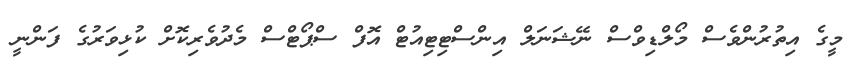
މީގެ އިތުރުންވެސް މޯލްޑިވްސް ނޭޝަނަލް އިންސްޓިޓިއުޓް އޮފް ސްޕޯޓްސް މެދުވެރިކޮށް ކުޅިވަރުގެ ފަންނީ